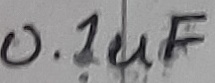
Text: 0.1uF